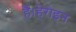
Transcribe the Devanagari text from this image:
हैं।हेरोइन